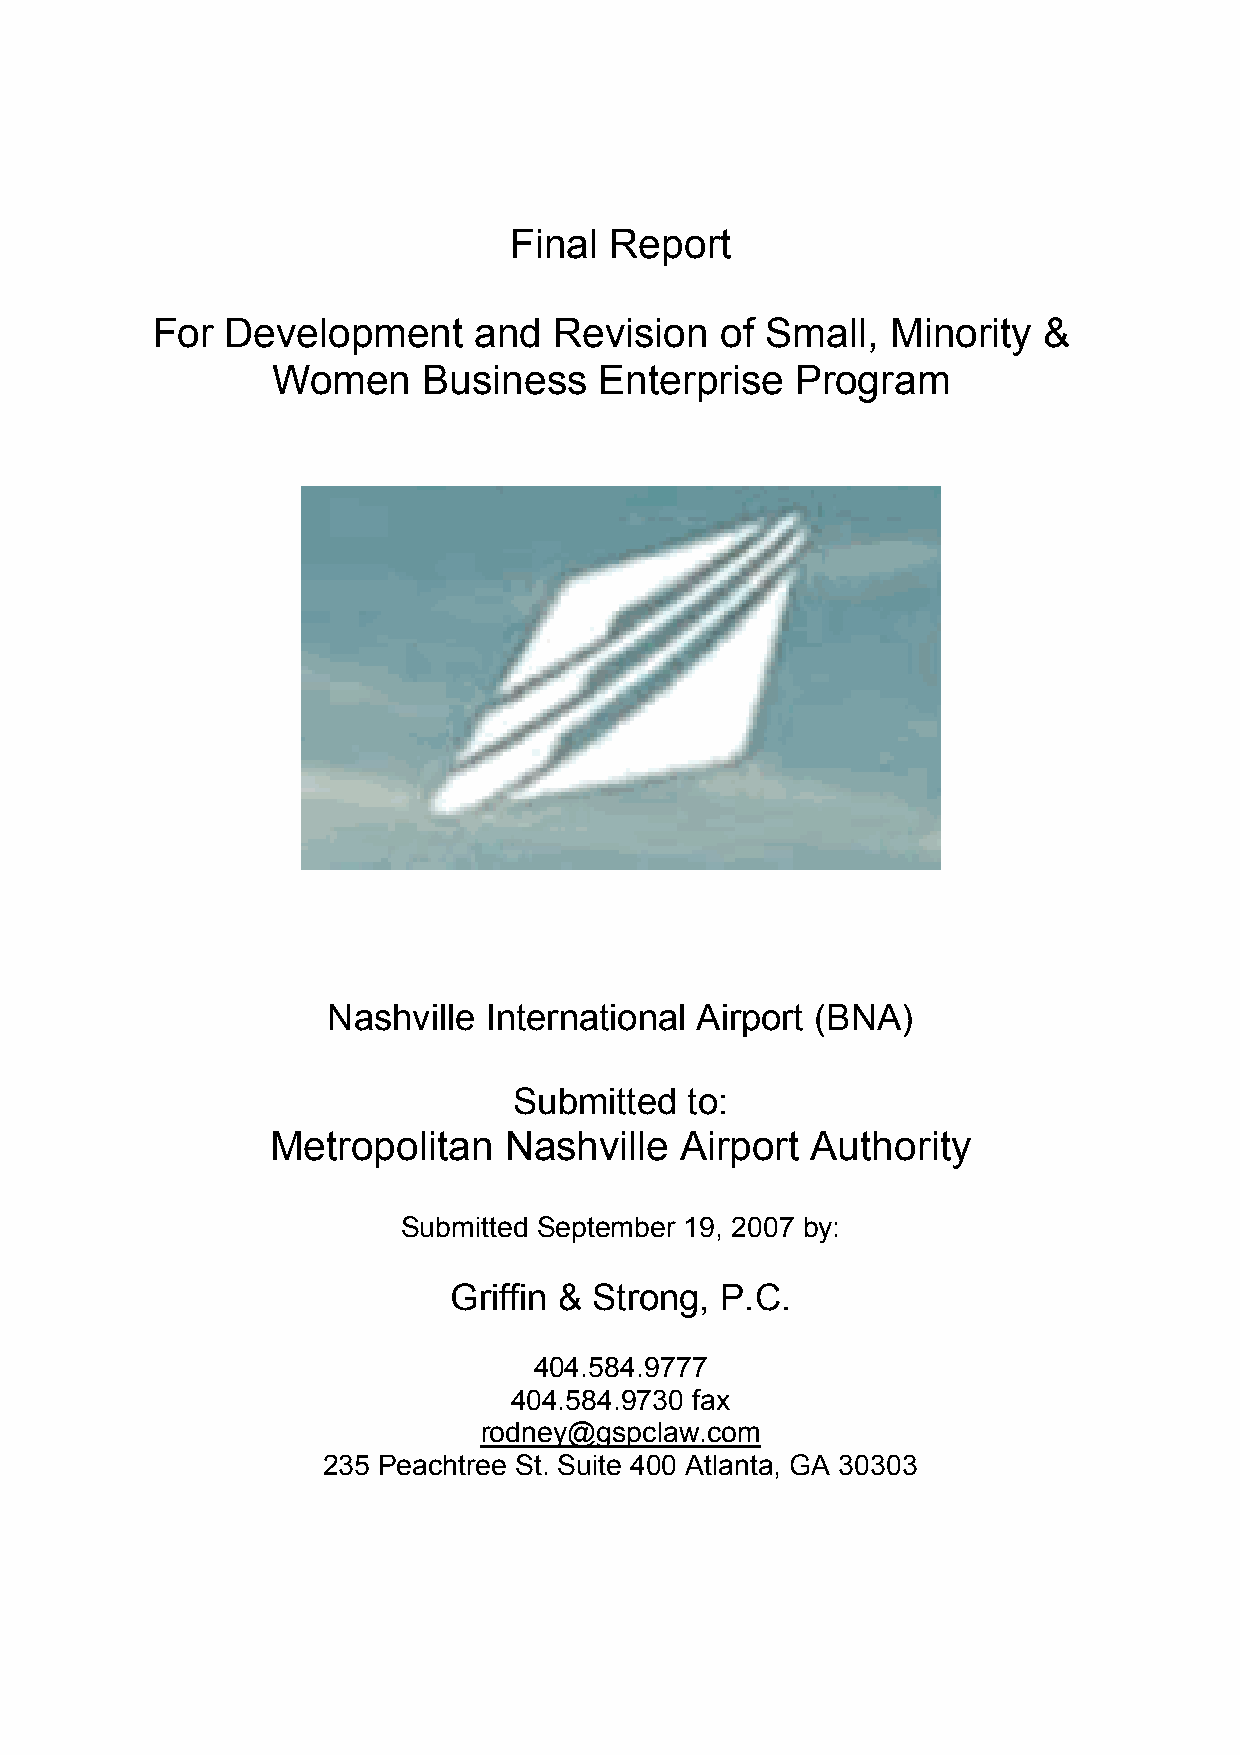
Final Report
 For  Development     and   Revision   of Small,  Minority  &
 Women     Business    Enterprise   Program
 Nashville International Airport (BNA)
 Submitted  to:
 Metropolitan   Nashville   Airport  Authority
 Submitted September 19, 2007 by:
 Griffin & Strong, P.C.
 404.584.9777
 404.584.9730 fax
 rodney@gspclaw.com
 235 Peachtree St. Suite 400 Atlanta, GA 30303